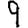
Digit: 9